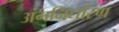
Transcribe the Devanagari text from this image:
अंगनिर्धारण